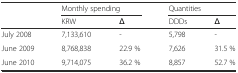
<table><thead><tr><td rowspan="2"></td><td colspan="2"><b>Monthly spending</b></td><td colspan="2"><b>Quantities</b></td></tr><tr><td><b>KRW</b></td><td><b>Δ</b></td><td><b>DDDs</b></td><td><b>Δ</b></td></tr></thead><tbody><tr><td>July 2008</td><td>7,133,610</td><td>-</td><td>5,798</td><td>-</td></tr><tr><td>June 2009</td><td>8,768,838</td><td>22.9 %</td><td>7,626</td><td>31.5 %</td></tr><tr><td>June 2010</td><td>9,714,075</td><td>36.2 %</td><td>8,857</td><td>52.7 %</td></tr></tbody></table>